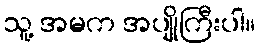
သူ့ အမက အပျိုကြီးပါ။